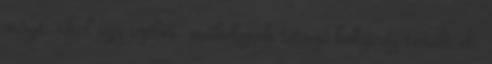
mögé, ahol egy széles, műhelynek tetsző helyiség terült el.